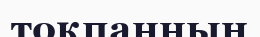
тоқпанның